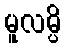
မူလမ္ပိ